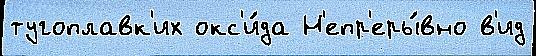
тугоплавк'их окс'и́да Н'епр'еры́вно в'ид